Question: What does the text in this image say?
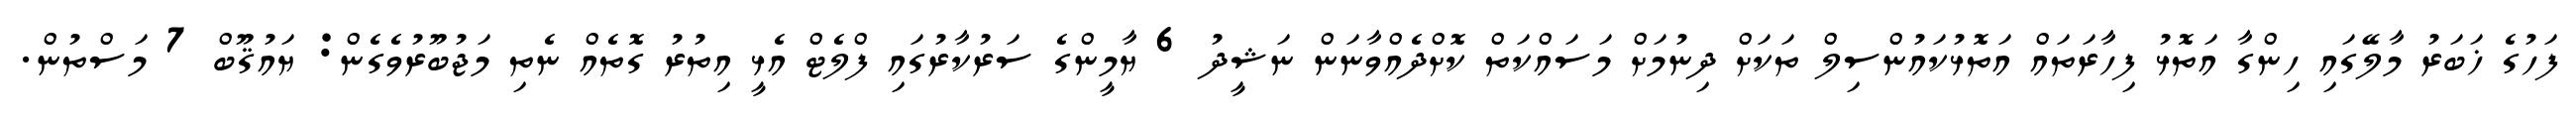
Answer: ފަހުގެ ޚަބަރު މާލޭގައި ހިންގާ އަތޮޅު ފިހާރަތައް އަތޮޅުކައުންސިލް ތަކަށް ދިނުމަށް މަސައްކަތް ކޮށްދެއްވާނަން ނަޝީދު 6 ޔާމީންގެ ސަރުކާރުގައި ފްލެޓް އެޅީ އިތުރު ގޮތެއް ނެތި މަޖުބޫރުވެގެން: ޔައުޤޫބް 7 މަސްތުން.